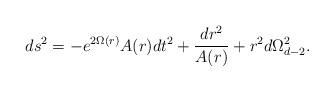
LaTeX: \begin{align*}ds^{2}= -e^{2\Omega(r)} A(r)dt^{2} + \frac{dr^2}{A(r)}+ r^2 d \Omega^2 _{d-2}.\end{align*}